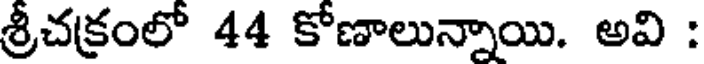
శ్రీచక్రంలో 44 కోణాలున్నాయి. అవి :